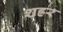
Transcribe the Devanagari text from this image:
शह्रर